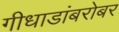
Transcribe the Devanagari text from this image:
गीधाडांबरोबर